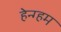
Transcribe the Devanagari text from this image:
हेन्ग्हम